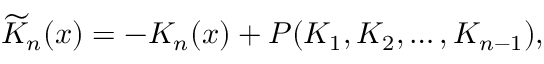
\widetilde { K } _ { n } ( x ) = - K _ { n } ( x ) + P ( K _ { 1 } , K _ { 2 } , \dots , K _ { n - 1 } ) ,